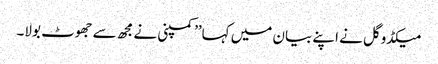
میکڈوگل نے اپنے بیان میں کہا’’کمپنی نے مجھ سے جھوٹ بولا۔